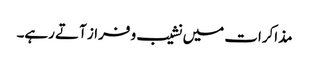
مذاکرات میں نشیب و فراز آتے رہے۔